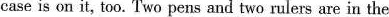
case is on it, too. Two pens and two rulers are in the